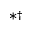
\ast \dagger